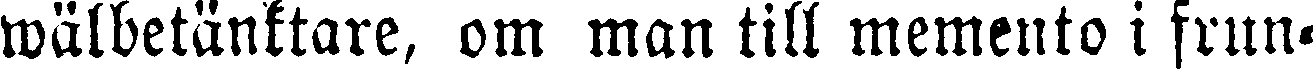
wälbetänktare, om man till memento i frun-